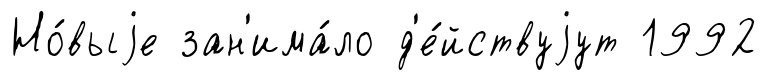
Но́выjе зан'има́ло д'е́йствуjут 1992